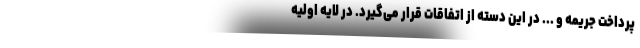
پرداخت جریمه و ... در این دسته از اتفاقات قرار می‌گیرد. در لایه اولیه